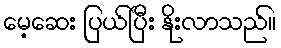
မေ့ဆေး ပြယ်ပြီး နိုးလာသည်။